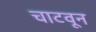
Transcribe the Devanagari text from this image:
चाटवून